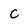
Character: c